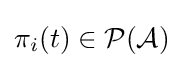
\pi _{i}(t)\in {\mathcal {P(A)}}